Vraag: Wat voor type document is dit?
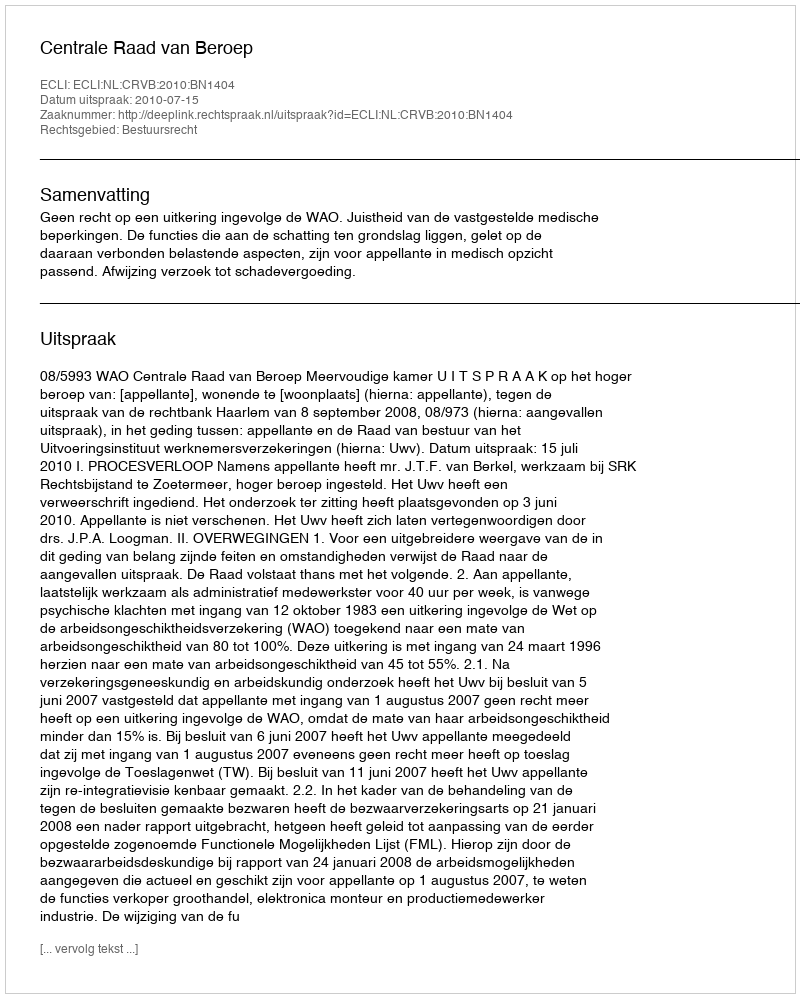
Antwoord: Uitspraak